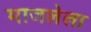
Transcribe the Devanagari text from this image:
माजलेला